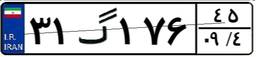
۳۱گ۱۷۶۴۵